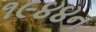
૧૯૪૪ન